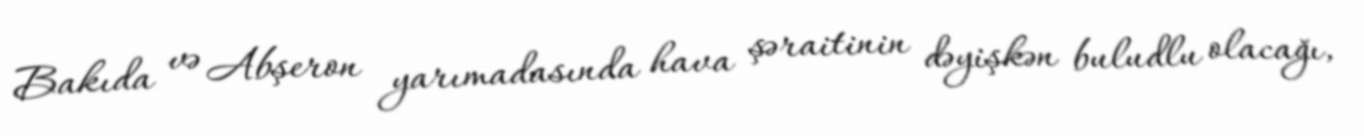
Bakıda və Abşeron yarımadasında hava şəraitinin dəyişkən buludlu olacağı,